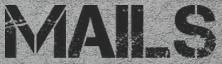
MAILS